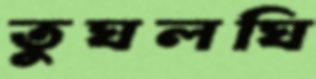
তুঘলঘি